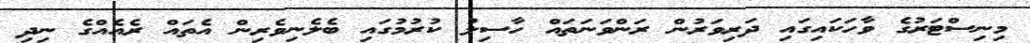
މިނިސްޓަރުގެ ވާހަކައިގައި ދަރިވަރުން ރަންވަނަތައް ހާސިލު ކުރުމުގައި ބެލެނިވެރިން އެތައް ރެއެއްގެ ނިދި